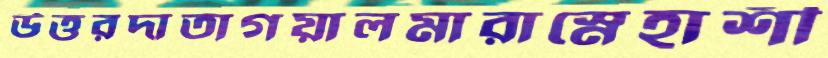
উত্তরদাতাগয়ালমারাস্নেহাশী